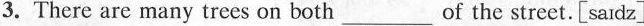
3.There are many trees on both ___ of the street.[saidz]